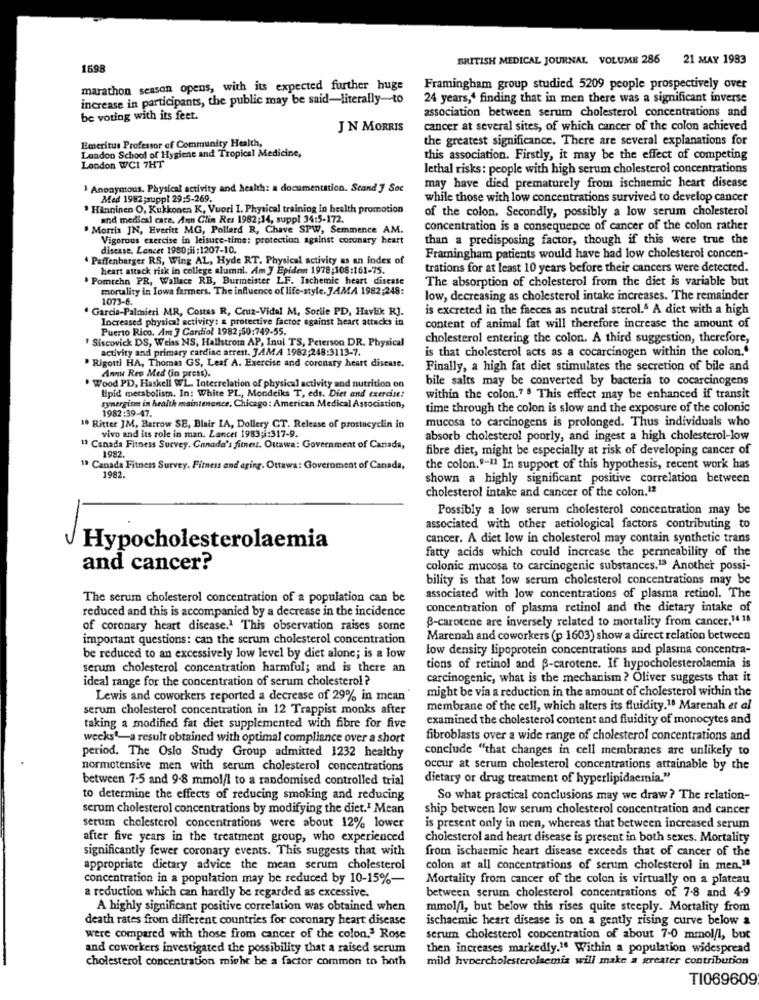
BRITISH MEDICAL JOURNAL, VOLUME 286
21 MAY 1983
1698
marathon season opens, with its expected further huge
Framingham group studied 5209 people prospectively over
increase in participants, the public may be said-literally-to
24 years," finding that in men there was a significant inverse
association between serum cholesterol concentrations and
be voting with its feet.
JN MORRIS
cancer at several sites, of which cancer of the colon achieved
Emeritus Professor of Community Health,
the greatest significance. There are several explanations for
London School of Hygiene and Tropical Medicine,
London WCI 7HT
this association. Firstly, it may be the effect of competing
lethal risks: people with high serum cholesterol concentrations
Anonymous. Physical activity and health: a documentation. Scand 3 Sec
may have died prematurely from ischaemic heart disease
Med 1982;suppl 29:5-269.
while those with low concentrations survived to develop cancer
Hinninen O, Kukkonen K, Vuori I. Physical training in health promotion
of the colon. Secondly, possibly a low serum cholesterol
and medical care, Ann Clin Res 1982;14, suppl 34:5-172.
Morris JN, Everitt MG, Pollard R, Chave SPW, Semmence AM.
concentration is a consequence of cancer of the colon rather
Vigorous exercise in leisure-time: protection against coronary heart
than a predisposing factor, though if this were true the
disease, Lancet 1980;il:1207-10.
. Paffenbarger RS, Wing AL, Hyde RT. Physical activity as an index of
Framingham patients would have had low cholesterol concen-
heart attack risk in college alumni. Am J Epidem 1978;108:161-75.
trations for at least 10 years before their cancers were detected.
Pomrehn PR, Wallace RB, Burmeister LF. Ischemic heart disease
The absorption of cholesterol from the diet is variable but
mortality in Iowa farmers. The influence of life-style. JAMA 1982;248:
1073-6.
low, decreasing as cholesterol intake increases. The remainder
" Garcia-Palmieri MR, Costas R, Cruz-Vidal M, Sortie PD, Havlik RJ.
is excreted in the faeces as neutral sterol.6 A diet with a high
Increased physical activity: a protective factos against heart attacks in
Puerto Rico. Am J Cardiol 1982;50:749-55.
content of animal fat will therefore increase the amount of
" Siscovick DS, Weiss NS, Hallstrom AP, Inul TS, Peterson DR. Physical
cholesterol entering the colon. A third suggestion, therefore,
activity and primary cardiac arrest. JAMA 1982;248:3113-7.
is that cholesterol acts as a cocarcinogen within the colon."
" Rigotti HA, Thomas GS, Leaf A. Exercise and coronary heart disease.
Finally, a high fat diet stimulates the secretion of bile and
' Wood PD, Haskell WL. Interrelation of physical activity and nutrition on
Annu Rev Med (in press).
bile salts may be converted by bacteria to cocarcinogens
Lipid metabolism. In: White PL, Mondeiks T, eds. Diet and exercise!
within the colon." . This effect may be enhanced if transit
synergist in health maintenance, Chicago: American Medical Association,
1982:39-47.
time through the colon is slow and the exposure of the colonic
mucosa to carcinogens is prolonged. Thus individuals who
10 Ritter JM, Barrow SE, Blair IA, Dollery CT. Release of prostacyclin in
vivo and its role in man. Lancet 1983;1:317-9.
absorb cholesterol poorly, and ingest a high cholesterol-low
1 Canada Fitness Survey, Canada's fitness. Ottawa: Government of Canada,
1982.
fibre diet, might be especially at risk of developing cancer of
1ª Canada Fitness Survey. Fitness and aging. Ottawa: Government of Canada,
the colon."-11 In support of this hypothesis, recent work has
1982.
shown a highly significant positive correlation between
cholesterol intake and cancer of the colon.1ª
Possibly a low serum cholesterol concentration may be
associated with other aetiological factors contributing to
cancer. A diet low in cholesterol may contain synthetic trans
Hypocholesterolaemia
fatty acids which could increase the permeability of the
and cancer?
colonic mucosa to carcinogenic substances.13 Another possi-
bility is that low serum cholesterol concentrations may be
The serum cholesterol concentration of a population can be
associated with low concentrations of plasma retinol. The
reduced and this is accompanied by a decrease in the incidence
concentration of plasma retinol and the dietary intake of
B-carotene are inversely related to mortality from cancer.1418
of coronary heart disease.1 This observation raises some
important questions: can the scrum cholesterol concentration
Marenah and coworkers (p 1603) show a direct relation between
low density lipoprotein concentrations and plasma concentra-
be reduced to an excessively low level by diet alone; is a low
serum cholesterol concentration harmful; and is there an
tions of retinol and B-carotene. If hypocholesterolaemia is
ideal range for the concentration of serum cholesterol ?
carcinogenic, what is the mechanism ? Oliver suggests that it
might be via a reduction in the amount of cholesterol within the
Lewis and coworkers reported a decrease of 29% in mean
serum cholesterol concentration in 12 Trappist monks after
membrane of the cell, which alters its fluidity.10 Marenah et al
examined the cholesterol content and fluidity of monocytes and
taking a modified fat diet supplemented with fibre for five
wecks1-a result obtained with optimal compliance over a short
fibroblasts over a wide range of cholesterol concentrations and
conclude "that changes in cell membranes are unlikely to
period. The Oslo Study Group admitted 1232 healthy
normotensive men with serum cholesterol concentrations
occur at serum cholesterol concentrations attainable by the
between 7-5 and 9.8 mmol/l to a randomised controlled trial
dietary or drug treatment of hyperlipidacmia."
to determine the effects of reducing smoking and reducing
So what practical conclusions may we draw ? The relation-
serum cholesterol concentrations by modifying the diet.1 Mean
ship between low serum cholesterol concentration and cancer
serum cholesterol concentrations were about 12% lower
is present only in men, whereas that between increased serum
after five years in the treatment group, who experienced
cholesterol and heart disease is present in both sexes. Mortality
significantly fewer coronary events. This suggests that with
from ischaemic heart disease exceeds that of cancer of the
appropriate dietary advice the mean serum cholesterol
colon at all concentrations of serum cholesterol in men."
concentration in a population may be reduced by 10-15%-
Mortality from cancer of the colon is virtually on a plateau
between serum cholesterol concentrations of 7.8 and 4-9
a reduction which can hardly be regarded as excessive.
A highly significant positive correlation was obtained when
mmol/l, but below this rises quite steeply. Mortality from
death rates from different countries for coronary heart disease
ischaemic heart disease is on a gently rising curve below a
were compared with those from cancer of the colon.3 Rose
serum cholesterol concentration of about 7-0 mmol/l, but
and coworkers investigated the possibility that a raised serum
then increases markedly.". Within a population widespread
cholesterol concentration might be a factor common to hoth
mild hypercholesterolsemia will make a greater contribution
TI069609